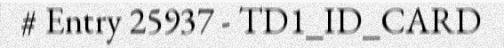
# Entry 25937 - TD1_ID_CARD